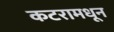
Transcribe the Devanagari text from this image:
कटरामधून